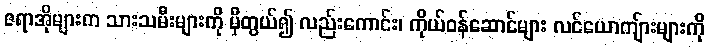
ဇရာအိုများက သားသမီးများကို မှီတွယ်၍ လည်းကောင်း၊ ကိုယ်ဝန်ဆောင်များ လင်ယောကျ်ားများကို